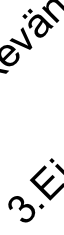
3 ä